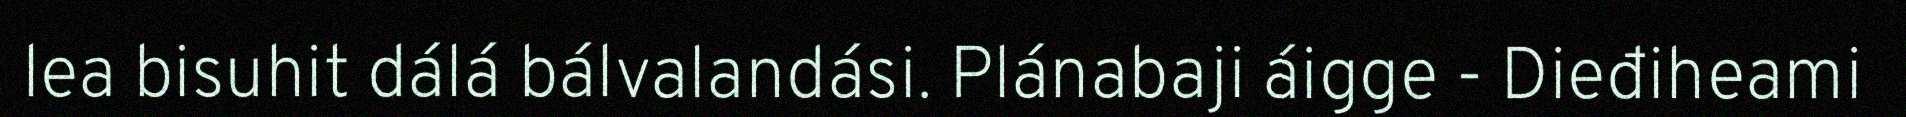
lea bisuhit dálá bálvalandási. Plánabaji áigge - Dieđiheami